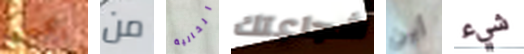
يكسب من الخالية شجاعتك أين شيء